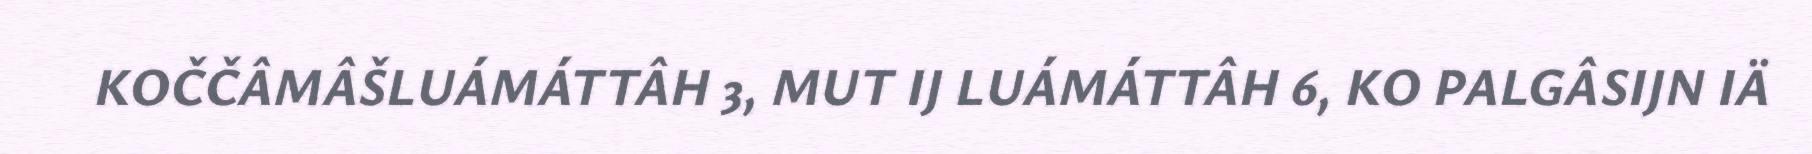
KOČČÂMÂŠLUÁMÁTTÂH 3, MUT IJ LUÁMÁTTÂH 6, KO PALGÂSIJN IÄ